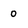
Character: O